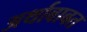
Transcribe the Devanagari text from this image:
अर्थाबाबत